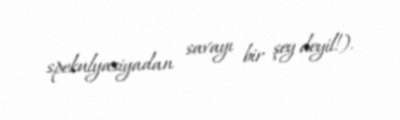
spekulyasiyadan savayı bir şey deyil!).